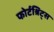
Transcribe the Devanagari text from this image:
फोर्टश्रिट्स